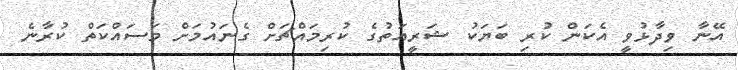
އޭނާ ވިދާޅުވީ އެކަން ކުރި ބަޔަކު ޝަރީއަތުގެ ކުރިމައްޗަށް ގެނައުމަށް މަސައްކަތް ކުރާނެ